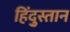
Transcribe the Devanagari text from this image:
हिंदु्स्तान